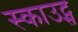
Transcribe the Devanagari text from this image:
स्‍काउट्स